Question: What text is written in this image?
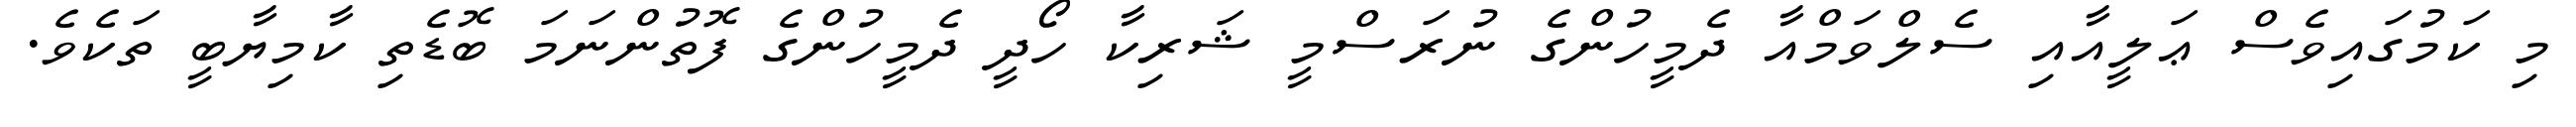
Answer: މި ކަމުގައިވެސް ޢަލީއާއި ސެލްވަމްއާ ދެމީހުންގެ ނުރަސްމީ ޝަރިކާ ހޯދީ ދެމީހުންގެ ފޮތުންނަމަ ބޮޑެތި ކާމިޔާބީ ތަކެވެ.